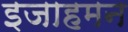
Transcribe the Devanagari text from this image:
इजाहमन